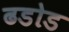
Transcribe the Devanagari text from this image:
ढडोड